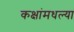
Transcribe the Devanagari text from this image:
कक्षांमधल्या